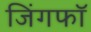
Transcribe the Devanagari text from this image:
जिंगफाॅ